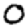
Digit: 0